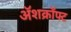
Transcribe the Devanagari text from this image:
अॅशक्रॉफ्ट